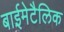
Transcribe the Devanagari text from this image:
बाईमेटैलिक